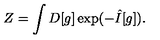
Z = \int D [ g ] \exp ( - \hat { I } [ g ] ) .